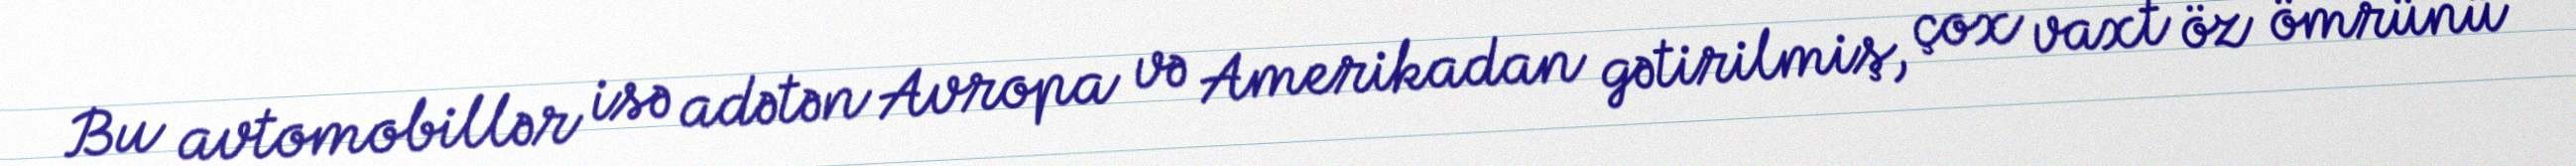
Bu avtomobillər isə adətən Avropa və Amerikadan gətirilmiş, çox vaxt öz ömrünü